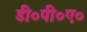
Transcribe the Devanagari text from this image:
डी०पी०ए०